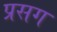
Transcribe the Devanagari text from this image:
प्रसग